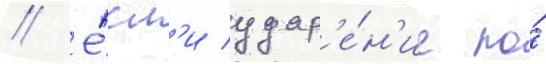
// Е́сл'и удар'е́н'ие по́